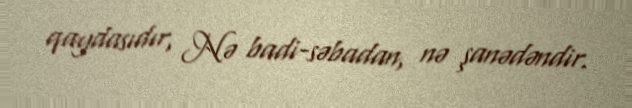
qaydasıdır, Nə badi-səbadan, nə şanədəndir.